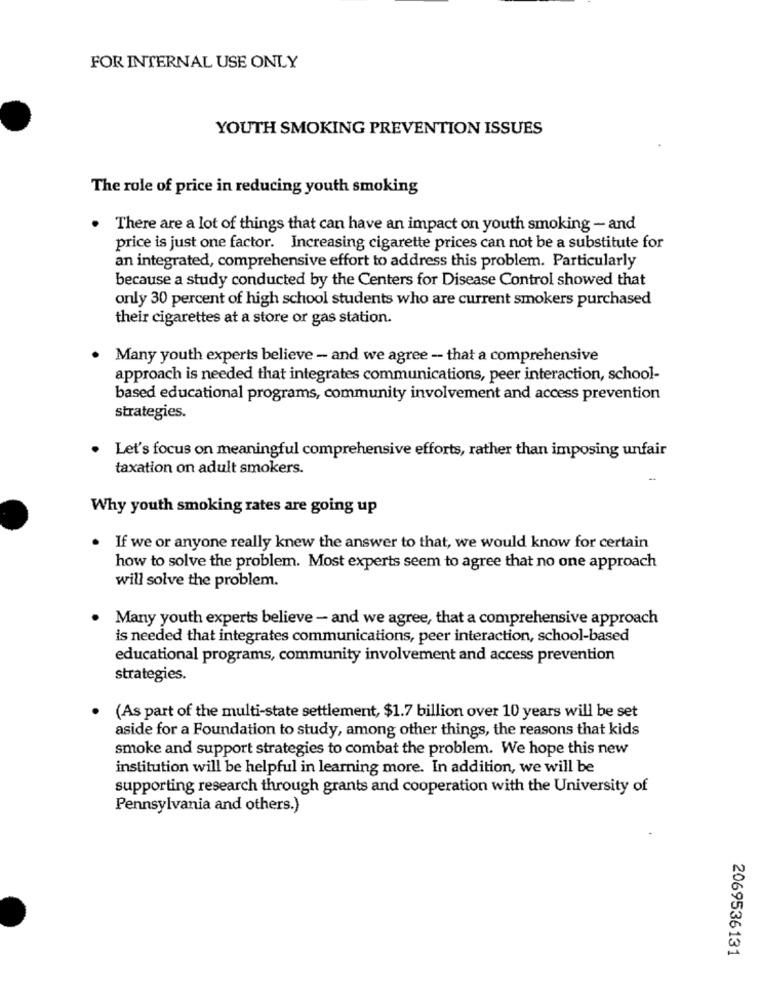
FOR INTERNAL USE ONLY
YOUTH SMOKING PREVENTION ISSUES
The role of price in reducing youth smoking
There are a lot of things that can have an impact on youth smoking - and
price is just one factor. Increasing cigarette prices can not be a substitute for
an integrated, comprehensive effort to address this problem. Particularly
because a study conducted by the Centers for Disease Control showed that
only 30 percent of high school students who are current smokers purchased
their cigarettes at a store or gas station.
. Many youth experts believe - and we agree - that a comprehensive
approach is needed that integrates communications, peer interaction, school-
based educational programs, community involvement and access prevention
strategies.
. Let's focus on meaningful comprehensive efforts, rather than imposing unfair
taxation on adult smokers.
Why youth smoking rates are going up
. If we or anyone really knew the answer to that, we would know for certain
how to solve the problem. Most experts seem to agree that no one approach
will solve the problem.
. Many youth experts believe - and we agree, that a comprehensive approach
is needed that integrates communications, peer interaction, school-based
educational programs, community involvement and access prevention
strategies.
. (As part of the multi-state settlement, $1.7 billion over 10 years will be set
aside for a Foundation to study, among other things, the reasons that kids
smoke and support strategies to combat the problem. We hope this new
institution will be helpful in learning more. In addition, we will be
supporting research through grants and cooperation with the University of
Pennsylvania and others.)
2069536131